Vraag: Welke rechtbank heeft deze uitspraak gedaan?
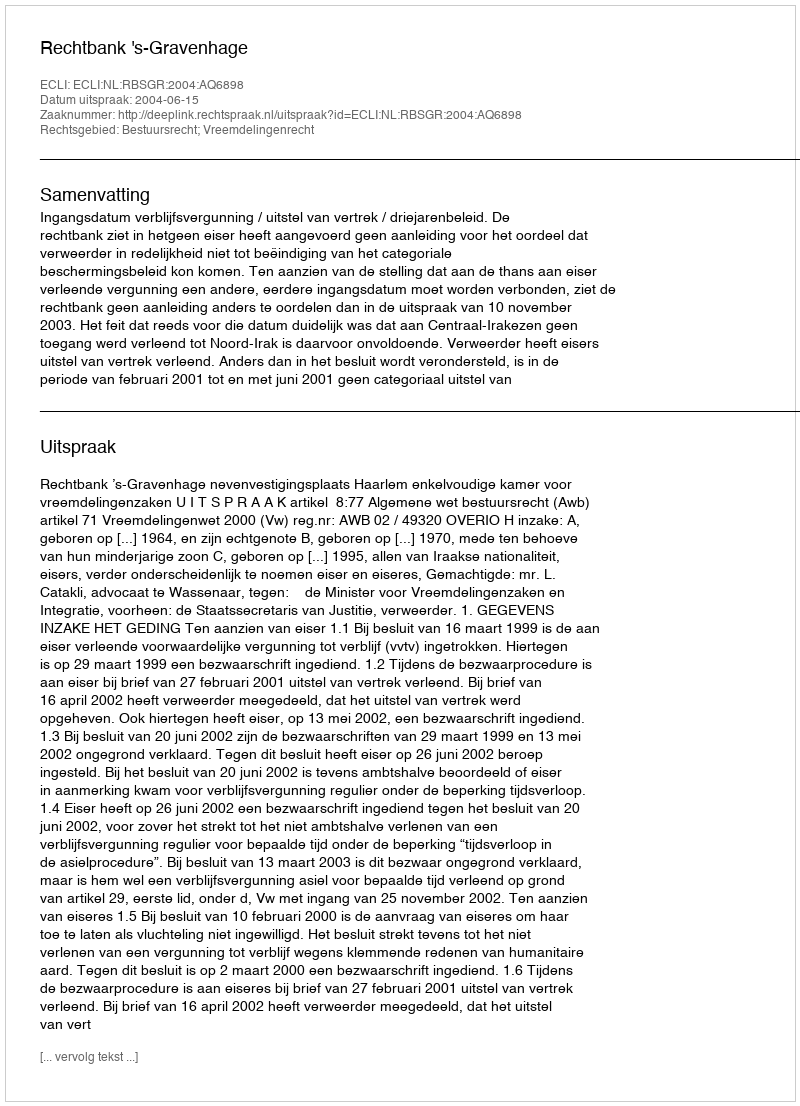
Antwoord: Rechtbank 's-Gravenhage